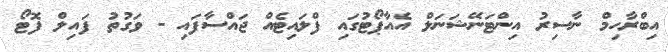
އިބްރާހިމް ނާސިރު އިންޓަނޭޝަނަލް އެއާޕޯޓުގައި ފްލައިޓެއް ޖައްސާފައި - ވަގުތު ފައިލް ފޮޓޯ